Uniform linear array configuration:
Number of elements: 32
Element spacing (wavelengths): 1
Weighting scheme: cosine
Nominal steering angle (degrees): -45
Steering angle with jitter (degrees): -45.034
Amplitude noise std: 0.05
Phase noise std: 0.05

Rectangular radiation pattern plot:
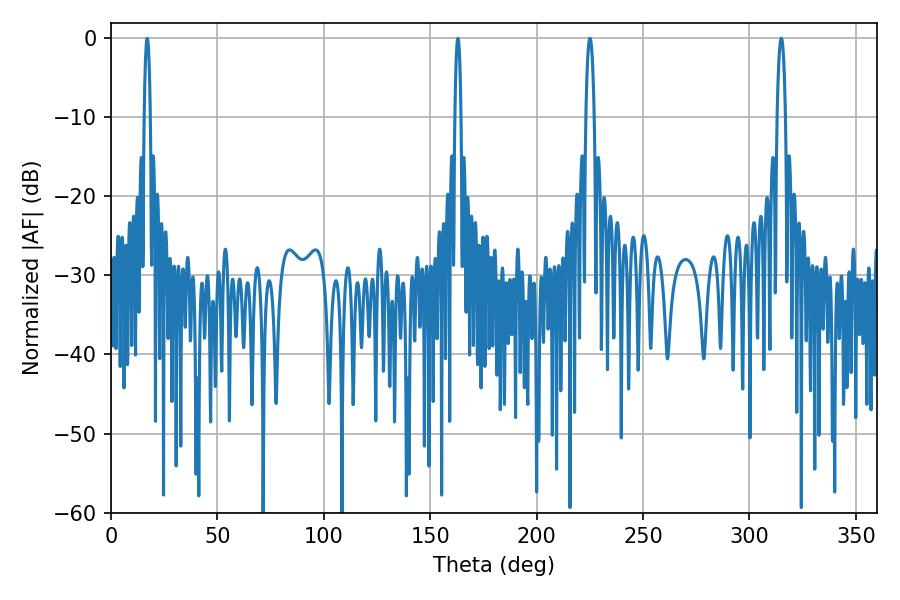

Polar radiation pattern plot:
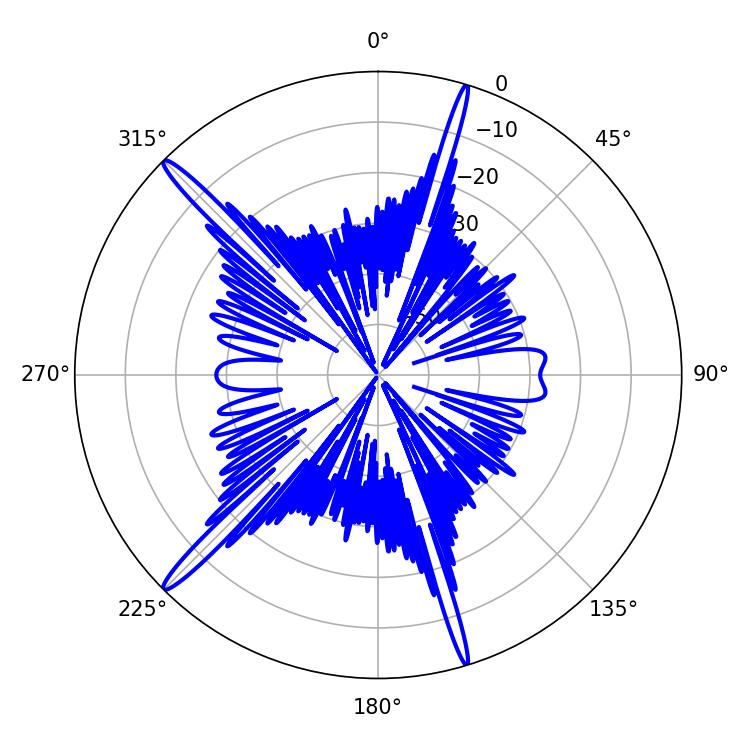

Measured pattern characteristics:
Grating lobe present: TRUE
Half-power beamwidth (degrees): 2.16
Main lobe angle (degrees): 225